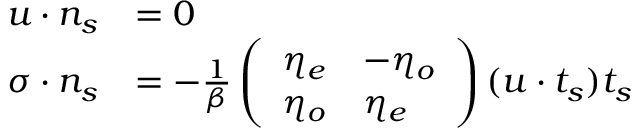
\begin{array} { r l } { \boldsymbol { u } \cdot \boldsymbol { n _ { s } } } & { = 0 } \\ { \boldsymbol { \sigma \cdot n _ { s } } } & { = - \frac { 1 } { \beta } \left( \begin{array} { l l } { \eta _ { e } } & { - \eta _ { o } } \\ { \eta _ { o } } & { \eta _ { e } } \end{array} \right) ( \boldsymbol { u } \cdot \boldsymbol { t _ { s } } ) \boldsymbol { t _ { s } } } \end{array}